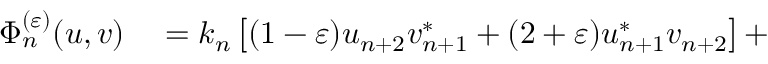
\begin{array} { r l } { \Phi _ { n } ^ { ( \varepsilon ) } ( u , v ) } & { { } = k _ { n } \left[ ( 1 - \varepsilon ) u _ { n + 2 } v _ { n + 1 } ^ { \ast } + ( 2 + \varepsilon ) u _ { n + 1 } ^ { \ast } v _ { n + 2 } \right] + } \end{array}